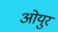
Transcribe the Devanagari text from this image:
ओयुर